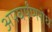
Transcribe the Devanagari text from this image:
अपघर्षंणरोध